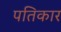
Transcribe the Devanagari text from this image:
पतिकार